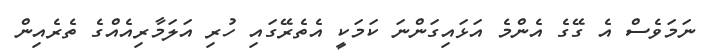
ނަމަވެސް އެ ގޭގެ އެންމެ އަޅައިގަންނަ ކަމަކީ އެތެރޭގައި ހުރި އަލަމާރިއެއްގެ ތެރެއިން